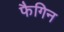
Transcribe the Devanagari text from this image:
फैगिन